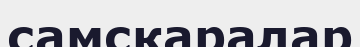
самскаралар